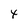
Character: 4